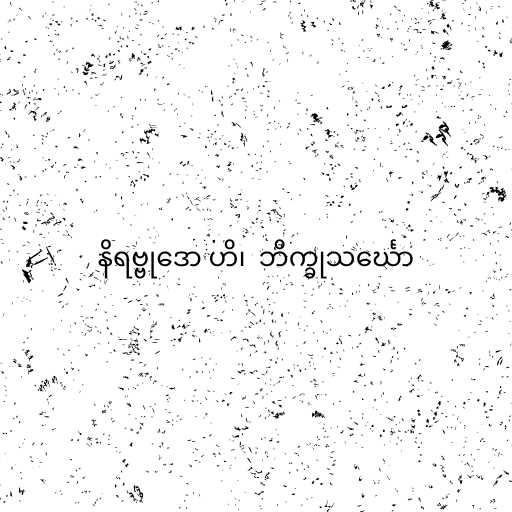
နိရဗ္ဗုဒော ဟိ၊  ဘိက္ခုသင်္ဃော